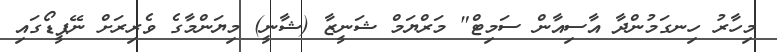
މިހާރު ހިނގަމުންދާ އާސިއާން ސަމިޓް" މަރްޔަމް ޝަނީޒާ (ޝާނީ) މިޔަންމާގެ ވެރިރަށް ނޭޕީޑޯގައި